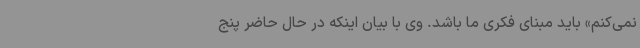
نمی‌کنم» باید مبنای فکری ما باشد. وی با بیان اینکه در حال حاضر پنج